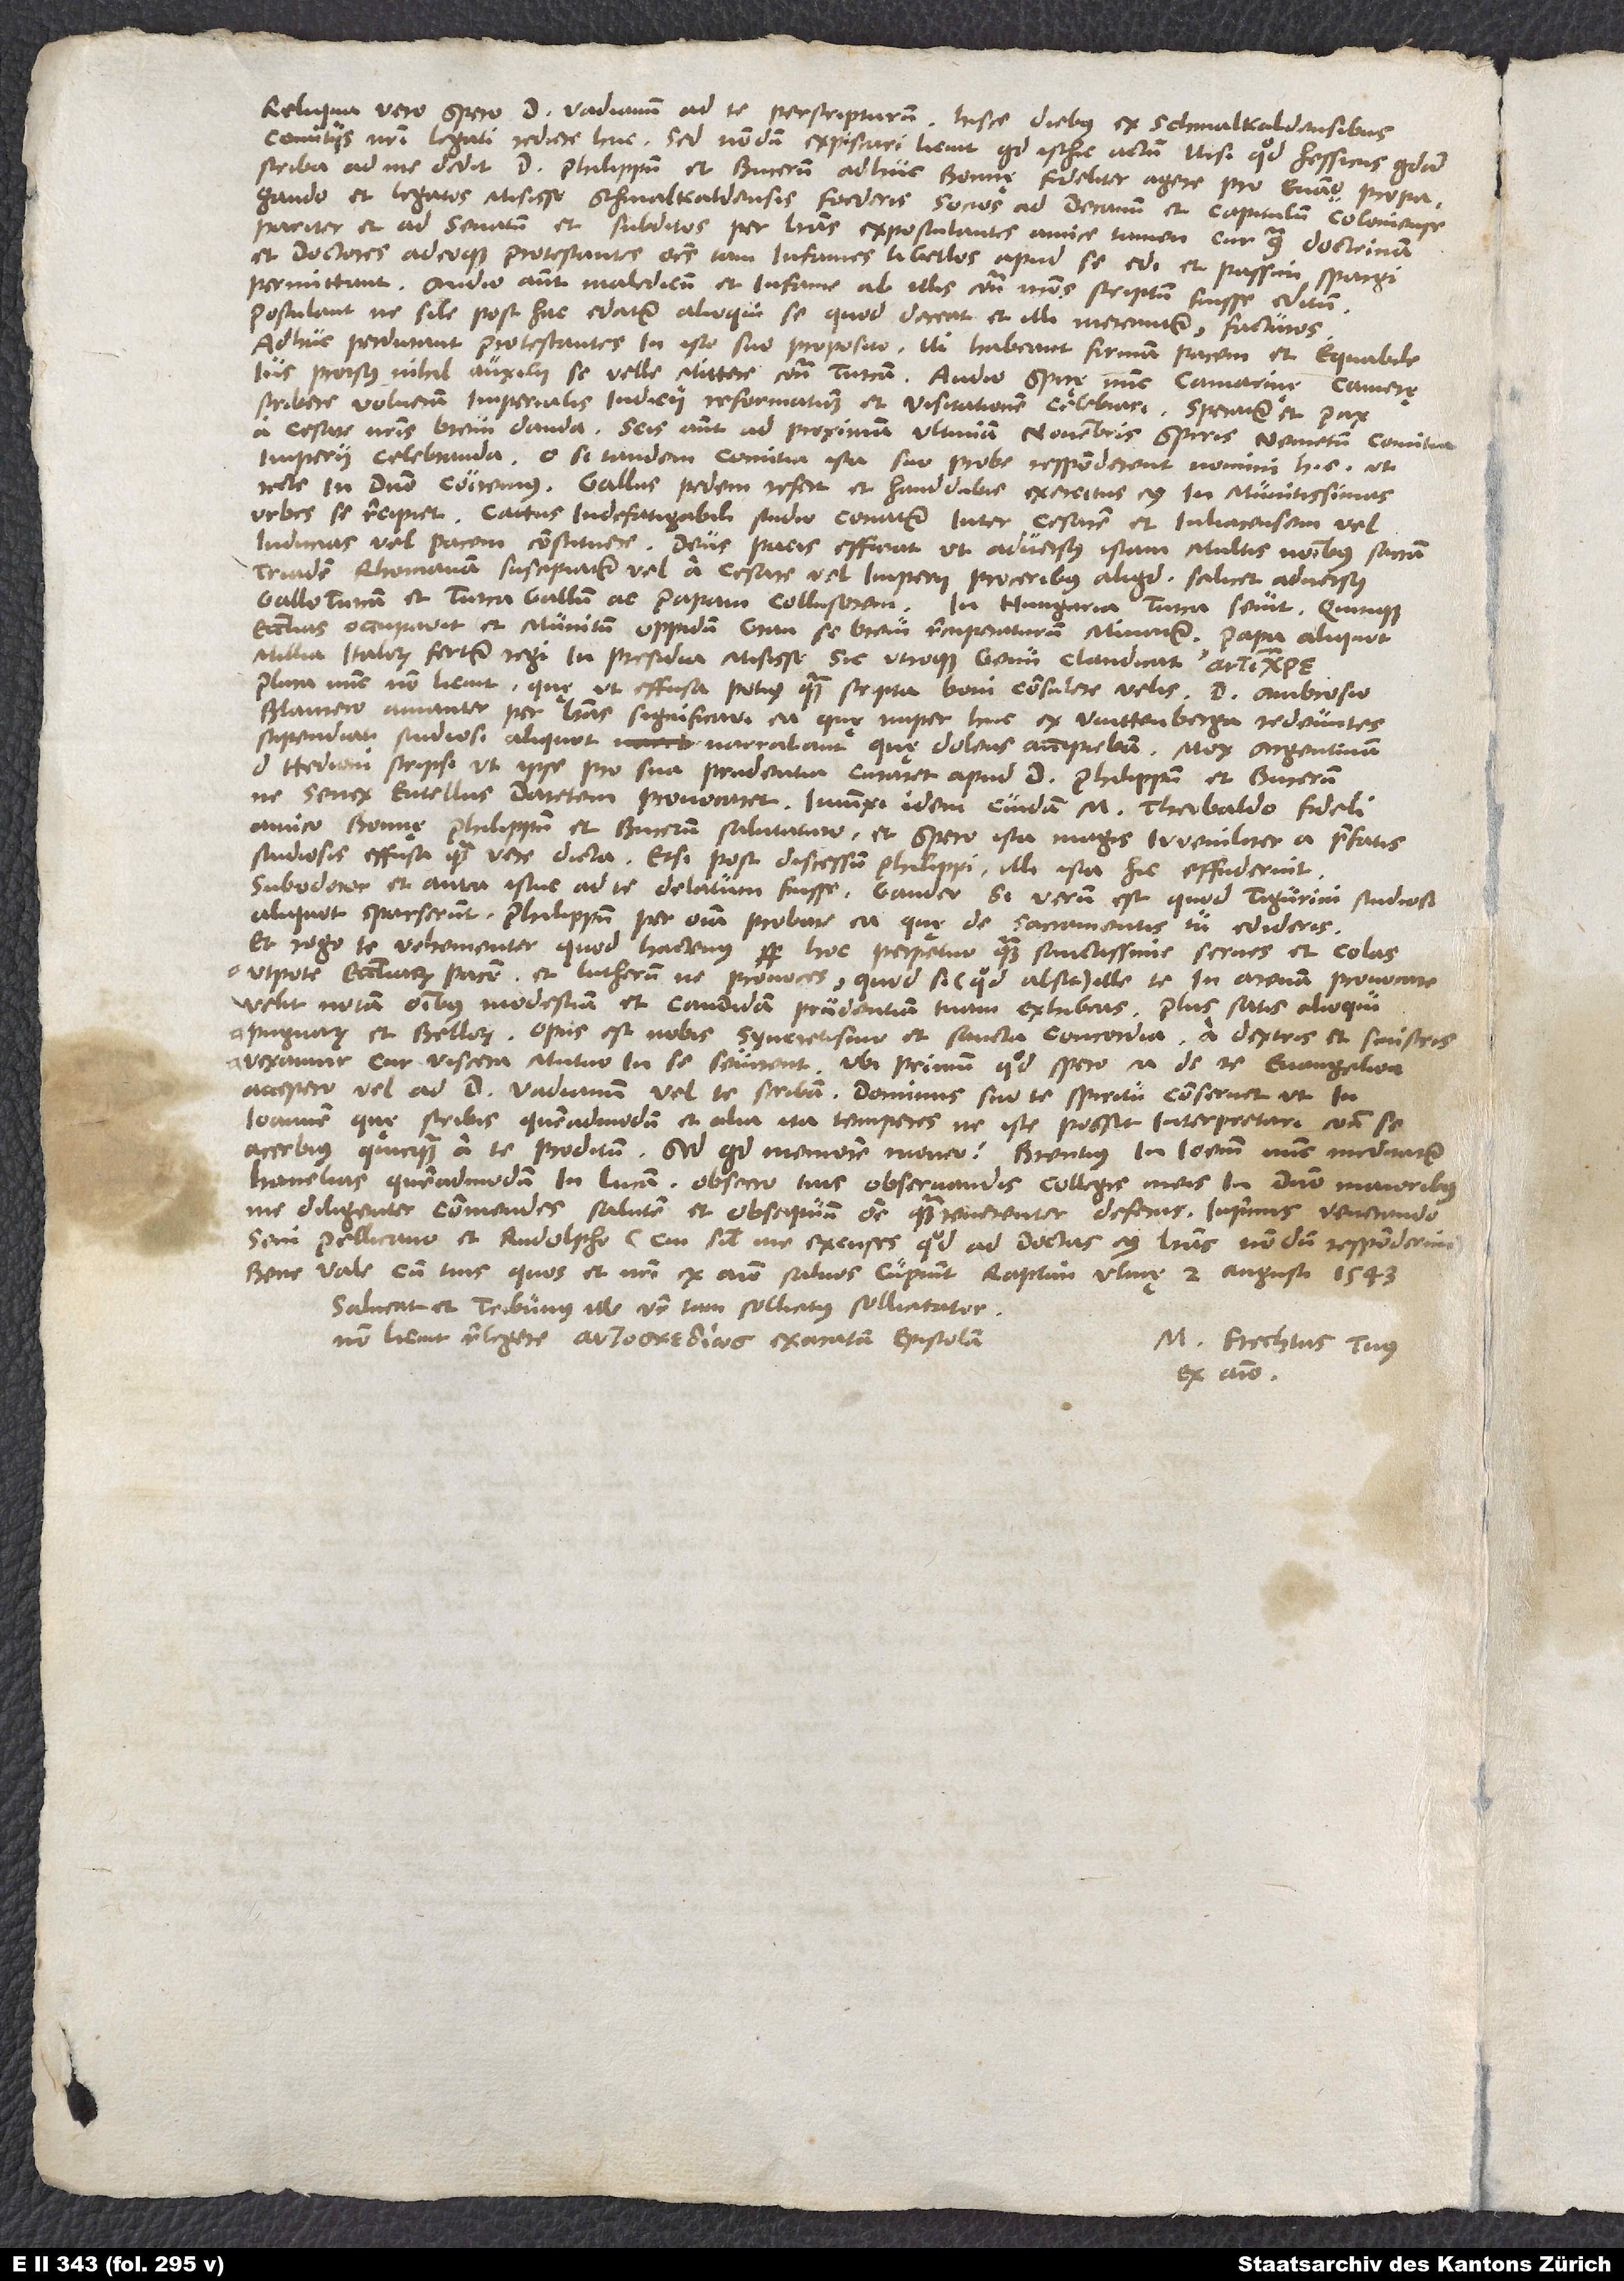
Reliqua vero spero d. Vadianum ad te perscripturum. Hisce diebus ex Schmalkaldensibus
comitiis nostri legati rediere huc. Sed nondum expiscari licuit, quid isthic actum, nisi quod Hessicus quidam
scriba ad me dedit d. Philippum et Bucerum adhuc Bonnę fideliter agere pro evangelio propagando
et legatos misisse Schmalkaldensis foederis socios ad decanum et capitulum Coloniense
pariter et ad senatum et subditos per literas expostulantes, amice tamen, cur contra doctrinam
et doctores adeoque protestantes omnes tam infames libellos apud se edi et passim spargi
permittant. Audio autem maledicum et infame ab illis contra nostros scriptum fuisse editum.
Postulant, ne simile post hac edatur; alioqui se, quod deceat et illi mereantur, facturos.
Adhuc perdurant protestantes in isto suo proposito, ni habeant firmam pacem et equabile
ius, prorsus nihil auxilii se velle mittere contra Turcam. Audio Spirę nunc camarinę, camerę
scribere volueram, imperialis iudicii reformationem et visitationem celebrari. Speratur et pax
a cesare nostris brevi danda. Scis autem ad proximam ultimam novembris Spiris Nemetum comitia
imperii celebranda. O si tandem comitia ista suo probe responderent nomini, hoc est,
recte in domino coiremus! Gallus pedem refert et haud dubie exercitus eius in munitissimas
urbes se recipiet. Cattus indefatigabili studio conatur inter cesarem et Iuliacensem vel
inducias vel pacem constituere. Deus pacis efficiat, ut adversus istam multis nominibus sacram
triadem Rhomanam suscipiatur vel a cesare vel imperii proceribus aliquid, scilicet adversus
Gallo-Turcam et TurcaGallum ac papam collusorem. In Hungaria Turca sevit. Quinque
Ecclesias occupavit et munitum oppidum Gran se brevi recuperaturum minatur. Papa aliquot
millia Italorum fertur regi in presidia misisse. Sic utroque genu claudicat .
Plura nunc non licuit, quę ut effusa potius quam scripta boni consulere velis. D. Ambrosio
Blaurero amanter per literas significavi ea, quę nuper huc ex Wittenberga redeuntes
stipendiati studiosi aliquot narrabant, quę dolens accipiebam. Mox Argentinam
d. Hedioni scripsi, ut ipse pro sua prudentia curaret apud d. Philippum et Bucerum,
ne senex Entellus Daretem provocaret. Iniunxi idem cuidam M. Theobaldo, fideli
amico, Bonnę Philippum et Bucerum salutaturo, et spero ista magis iuveniliter a prefatis
studiosis effusa quam vere dicta, etsi post discessum Philippi illi ista hic effuderint.
Subodoror et antea istuc ad te delatum fuisse. Gaudeo, si verum est, quod Tigurini studiosi
aliquot sparserunt, Philippum per omnia probare ea, quę de sacramentis tu edideris.
Et rogo te vehementer, quod hactenus semper, hoc perpetuo quam sanctissime serves et colas,
utpote ecclesiarum pacem, et Lutherum ne provoces. Quod si (quod absit) ille te in arenam provocare
velit, notam omnibus modestiam et candidam prudentiam tuam exhibeas. Plus satis alioqui
pugnarum et bellorum. Opus est nobis syncretismo et sancta concordia. A dextris et sinistris
vexamur; cur viscera mutuo in se sevirent? Ubi primum, quod spero, ea de re euangelion
accepero, vel ad d. Vadianum vel te scribam. Dominus suo te spiritu conservet, ut in
Ioannem quę scribis, quemadmodum et alia, ita temperes, ne iste possit interpretari contra se
acerbius quicquam a te proditum. Sed quid memorem moneo? Brentius in Ioannem nunc meditatur
homelias quemadmodum in Lucam. Obsecro, tuis observandis collegis, meis in domino maioribus,
me diligenter commendes, salutem et obsequium omne quam reverenter deferas, inprimis venerando
seni Pellicano et Rudolpho (cui simul me excuses, quod ad doctas eius literas nondum responderim).
Bene vale cum tuis, quos et nostri ex animo salvos cupiunt. Raptim, Ulmę, 2. augusti 1543.
Salveat et tribunus ille vester, tam sollicitus sollicitator.
Non licuit relegere exaratam epistolam.
M. Frechtus tuus
ex animo.